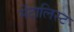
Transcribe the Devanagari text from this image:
मेंटालिस्ट